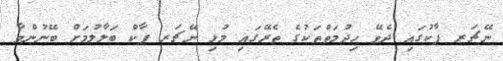
ނޭޗަރ ޕާކުގައި ދެވޭ ހިދުމަތްތަކުގެ ތެރޭގައި މުޅި ނޭޗަރ ޕާކް ބަލާލުމަށް ބޭނުންވާ